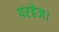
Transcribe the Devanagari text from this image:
परहेज।